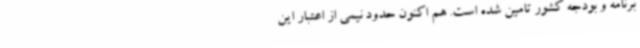
برنامه و بودجه کشور تامین شده است. هم اکنون حدود نیمی از اعتبار این